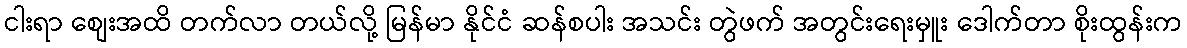
ငါးရာ စျေးအထိ တက်လာ တယ်လို့ မြန်မာ နိုင်ငံ ဆန်စပါး အသင်း တွဲဖက် အတွင်းရေးမှူး ဒေါက်တာ စိုးထွန်းက